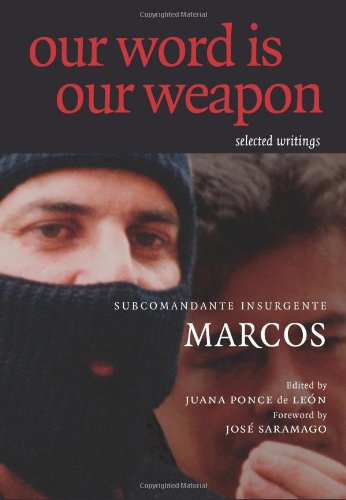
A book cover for Our Word is Our Weapon: Selected Writings; Subcomandante Marcos; Biographies & Memoirs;